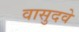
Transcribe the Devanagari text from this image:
वासुदवे